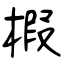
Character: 椵